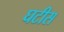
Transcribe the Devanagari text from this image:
घटीस